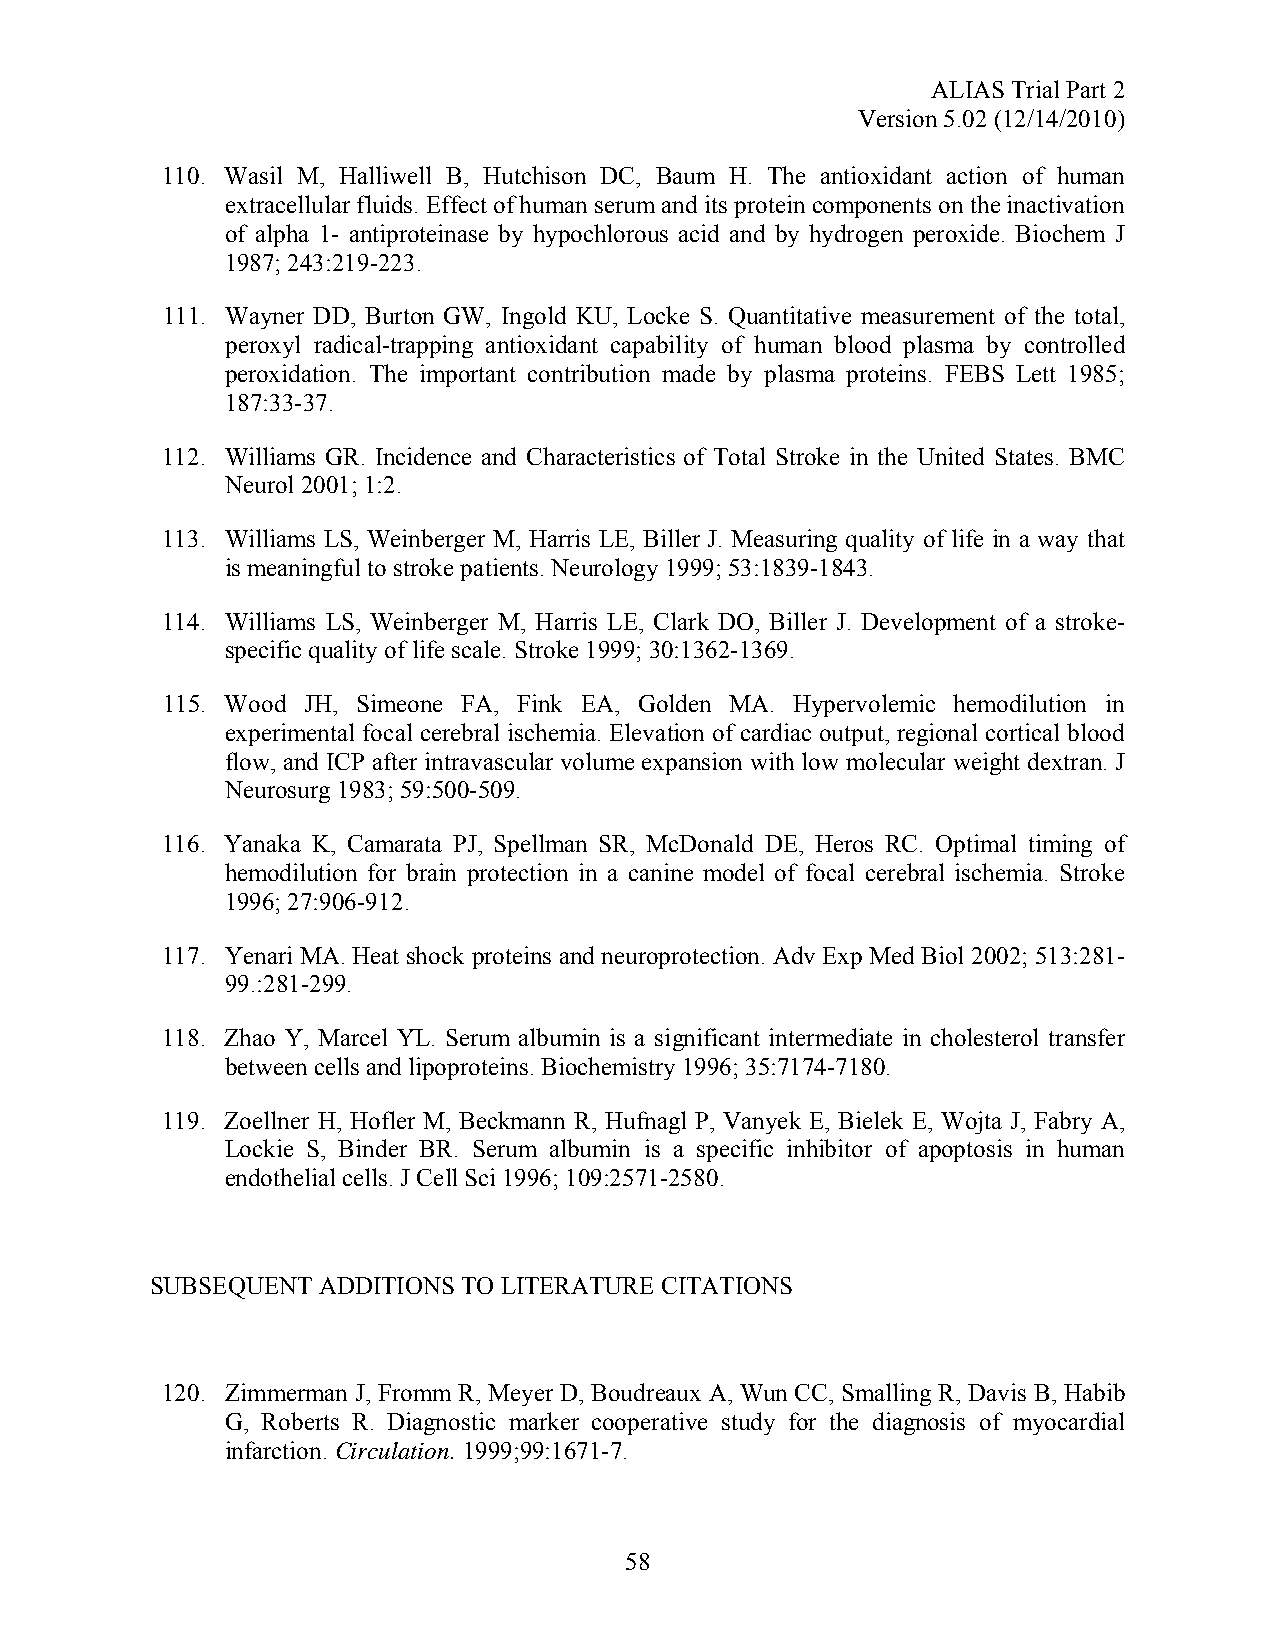
ALIAS Trial Part 2
 Version 5.02 (12/14/2010)
 110. Wasil M, Halliwell B, Hutchison DC, Baum H. The antioxidant action of human
 extracellular fluids. Effect of human serum and its protein components on the inactivation
 of alpha 1- antiproteinase by hypochlorous acid and by hydrogen peroxide. Biochem J
 1987; 243:219-223.
 111. Wayner DD, Burton GW, Ingold KU, Locke S. Quantitative measurement of the total,
 peroxyl radical-trapping antioxidant capability of human blood plasma by controlled
 peroxidation. The important contribution made by plasma proteins. FEBS Lett 1985;
 187:33-37.
 112. Williams GR. Incidence and Characteristics of Total Stroke in the United States. BMC
 Neurol 2001; 1:2.
 113. Williams LS, Weinberger M, Harris LE, Biller J. Measuring quality of life in a way that
 is meaningful to stroke patients. Neurology 1999; 53:1839-1843.
 114. Williams LS, Weinberger M, Harris LE, Clark DO, Biller J. Development of a stroke-
 specific quality of life scale. Stroke 1999; 30:1362-1369.
 115. Wood JH, Simeone FA, Fink EA, Golden MA. Hypervolemic hemodilution in
 experimental focal cerebral ischemia. Elevation of cardiac output, regional cortical blood
 flow, and ICP after intravascular volume expansion with low molecular weight dextran. J
 Neurosurg 1983; 59:500-509.
 116. Yanaka K, Camarata PJ, Spellman SR, McDonald DE, Heros RC. Optimal timing of
 hemodilution for brain protection in a canine model of focal cerebral ischemia. Stroke
 1996; 27:906-912.
 117. Yenari MA. Heat shock proteins and neuroprotection. Adv Exp Med Biol 2002; 513:281-
 99.:281-299.
 118. Zhao Y, Marcel YL. Serum albumin is a significant intermediate in cholesterol transfer
 between cells and lipoproteins. Biochemistry 1996; 35:7174-7180.
 119. Zoellner H, Hofler M, Beckmann R, Hufnagl P, Vanyek E, Bielek E, Wojta J, Fabry A,
 Lockie S, Binder BR. Serum albumin is a specific inhibitor of apoptosis in human
 endothelial cells. J Cell Sci 1996; 109:2571-2580.
 SUBSEQUENT ADDITIONS TO LITERATURE CITATIONS
 120. Zimmerman J, Fromm R, Meyer D, Boudreaux A, Wun CC, Smalling R, Davis B, Habib
 G, Roberts R. Diagnostic marker cooperative study for the diagnosis of myocardial
 infarction. Circulation. 1999;99:1671-7.
 58